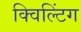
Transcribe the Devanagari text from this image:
क्विल्टिंग